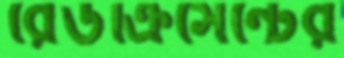
রেডক্রিসেন্টের